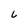
Character: 6